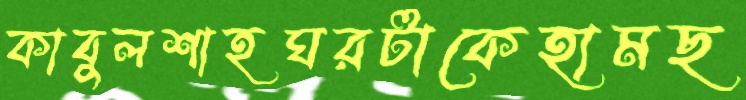
কাবুলশাহঘরটাকেহামছ